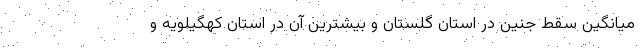
میانگین سقط جنین در استان گلستان و بیشترین آن در استان کهگیلویه و